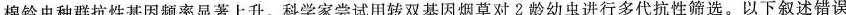
棉铃虫种群抗性基因频率显著上升。科学家尝试用转双基因烟草对2龄幼虫进行多代抗性筛选。以下叙述错误